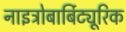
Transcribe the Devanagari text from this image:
नाइट्रोबार्बिट्यूरिक